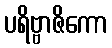
ပရိဗ္ဗာဇိကော